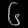
Digit: ၆